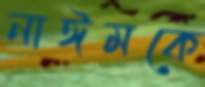
নাঈমকে